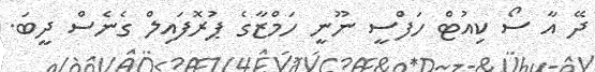
ދޭ އާ ސޯ ކިއުޓް ހަފްސީ ނޫނީ ހަމްޒާގެ ޕުރޮފައިލް ގެނެސް ދީބަ.